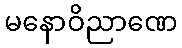
မနောဝိညာဏေ